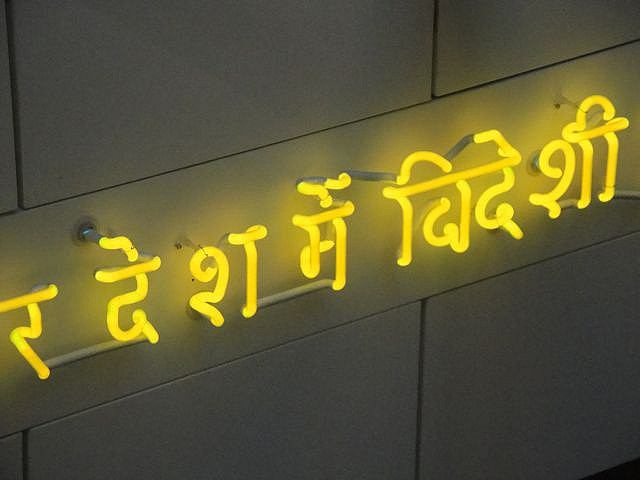
Language: hindi
Transcription: मै शी देश र विदे